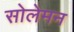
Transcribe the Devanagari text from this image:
सोलेमन